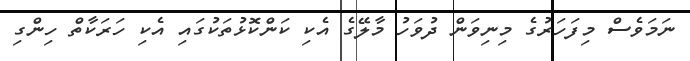
ނަމަވެސް މިފަހަރުގެ މިނިވަން ދުވަހު މާލޭގެ އެކި ކަންކޮޅުތަކުގައި އެކި ހަރަކާތް ހިންގި